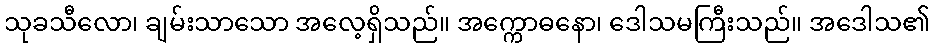
သုခသီလော၊ ချမ်းသာသော အလေ့ရှိသည်။ အက္ကောဓနော၊ ဒေါသမကြီးသည်။ အဒေါသ၏